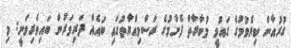
ގުރުއާން ކިޔެވުމުގެ ގައުމީ މުބާރާތް ފެށުމުގެ ރަސްމިއްޔާތުގައި ބައެއް ދަރިވަރުން ބައިވެރިވަނީ: މި